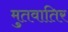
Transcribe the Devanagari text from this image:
मुतवातिर